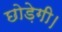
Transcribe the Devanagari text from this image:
छोड़ेगी।